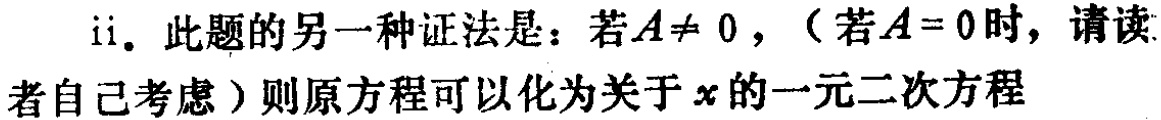
ii. 此题的另一种证法是：若\(A\neq 0\)，（若\(A = 0\)时，请读
者自己考虑）则原方程可以化为关于\(x\)的一元二次方程